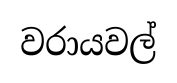
වරායවල්